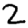
Digit: 2